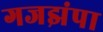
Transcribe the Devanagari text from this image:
गजझंपा